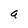
Character: a